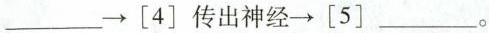
___\rightarrow[4]传出神经\rightarrow[5]___。